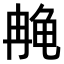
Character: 𫜳